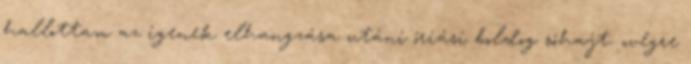
hallottam az igenek elhangzása utáni óriási boldog sóhajt: „végre